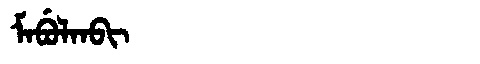
Manchu: ᠮᠠᠪᡠᠯᠠᠨᠪᡳ
Romanization: MABULANBI